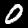
Digit: 0